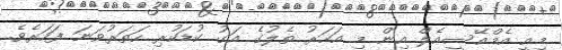
މިއީ އެމްއޭސީއެލް އިން މި އަހަރު ތެލުގެ އަގު ކުޑަކުރި ހަތަރުވަނަ ފަހަރެވެ.